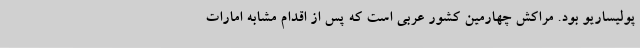
پولیساریو بود. مراکش چهارمین کشور عربی است که پس از اقدام مشابه امارات